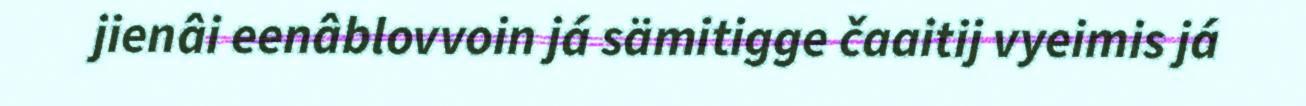
jienâi eenâblovvoin já sämitigge čaaitij vyeimis já